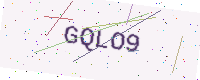
Text: GQLO9